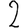
Digit: 2